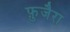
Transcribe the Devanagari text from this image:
फ़ुजैरा